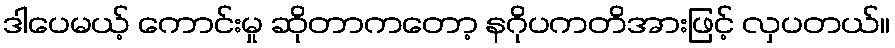
ဒါပေမယ့် ကောင်းမှု ဆိုတာကတော့ နဂိုပကတိအားဖြင့် လှပတယ်။